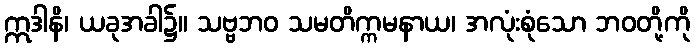
ဣဒါနိ၊ ယခုအခါ၌။ သဗ္ဗဘဝ သမတိက္ကမနာယ၊ အလုံးစုံသော ဘဝတို့ကို